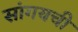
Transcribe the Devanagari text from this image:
सांगयची